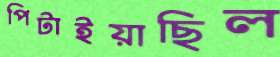
পিটাইয়াছিল